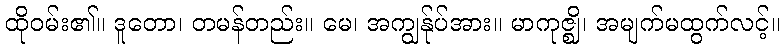
ထိုဝမ်း၏။ ဒူတော၊ တမန်တည်း။ မေ၊ အကျွန်ုပ်အား။ မာကုဇ္ဈိ၊ အမျက်မထွက်လင့်။